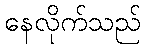
နေလိုက်သည်